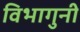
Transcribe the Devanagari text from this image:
विभागुनी